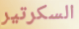
السكرتير